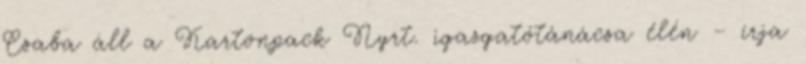
Csaba áll a Kartonpack Nyrt. igazgatótánácsa élén – írja